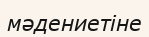
мәдениетіне